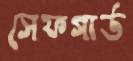
সেফগার্ড